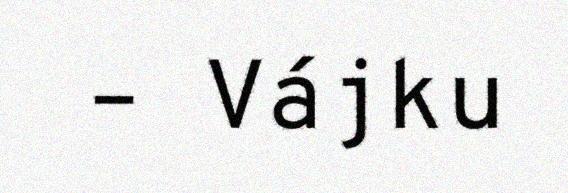
– Vájku